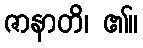
ဇာနာတိ၊ ၏။